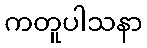
ကတူပါသနာ